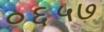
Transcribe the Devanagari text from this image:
०६५७